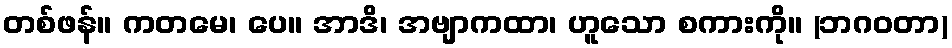
တစ်ဖန်။ ကတမေ၊ ပေ။ အာဒိ၊ အဗျာကထာ၊ ဟူသော စကားကို။ (ဘဂဝတာ)